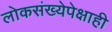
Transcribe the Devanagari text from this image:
लोकसंख्येपेक्षाही